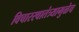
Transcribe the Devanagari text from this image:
विचारस्वातंत्र्यामुळेच